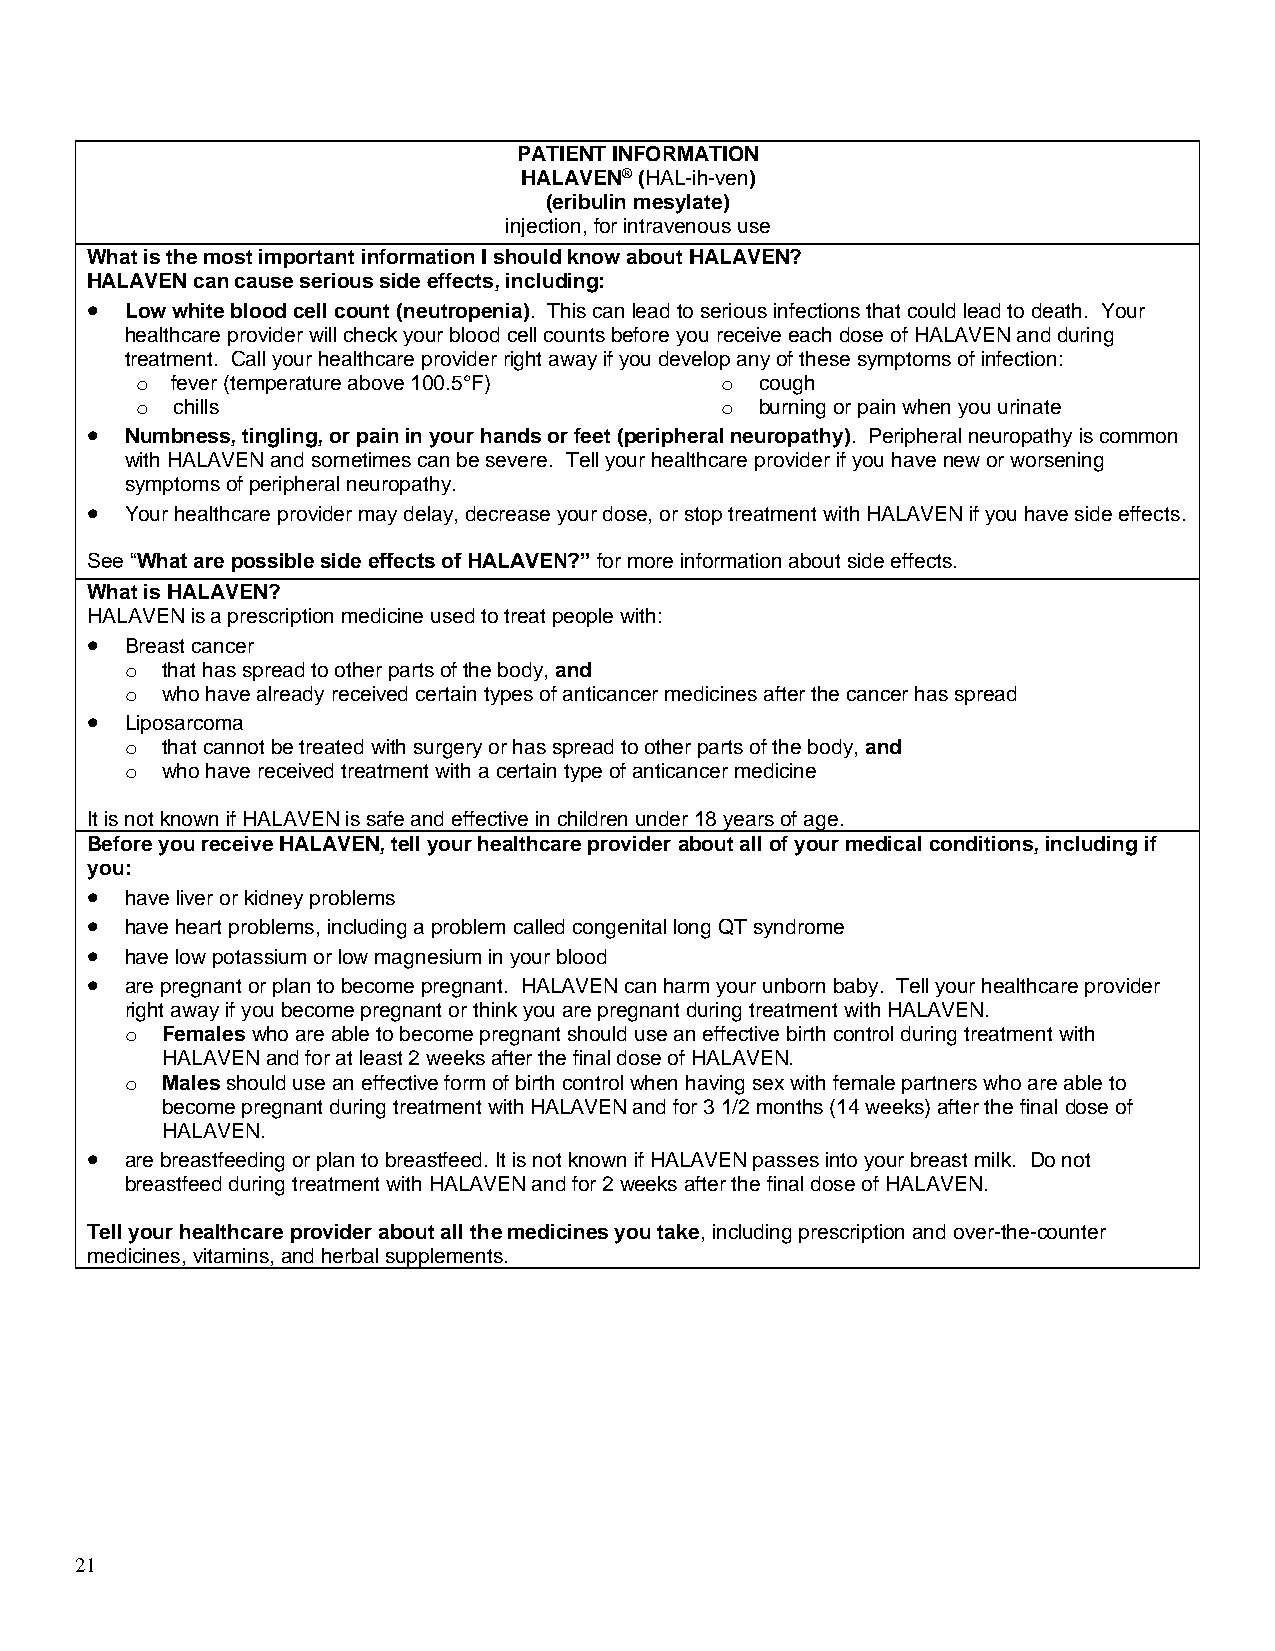
PATIENT INFORMATION
 HALAVEN® (HAL-ih-ven)
 (eribulin mesylate)
 injection, for intravenous use
 What is the most important information I should know about HALAVEN?
 HALAVEN can cause serious side effects, including:
 • Low white blood cell count (neutropenia). This can lead to serious infections that could lead to death. Your
 healthcare provider will check your blood cell counts before you receive each dose of HALAVEN and during
 treatment. Call your healthcare provider right away if you develop any of these symptoms of infection:
 o fever (temperature above 100.5°F)    o cough
 o chills                               o burning or pain when you urinate
 • Numbness, tingling, or pain in your hands or feet (peripheral neuropathy). Peripheral neuropathy is common
 with HALAVEN and sometimes can be severe. Tell your healthcare provider if you have new or worsening
 symptoms of peripheral neuropathy.
 • Your healthcare provider may delay, decrease your dose, or stop treatment with HALAVEN if you have side effects.
 See “What are possible side effects of HALAVEN?” for more information about side effects.
 What is HALAVEN?
 HALAVEN is a prescription medicine used to treat people with:
 • Breast cancer
 o  that has spread to other parts of the body, and
 o  who have already received certain types of anticancer medicines after the cancer has spread
 • Liposarcoma
 o  that cannot be treated with surgery or has spread to other parts of the body, and
 o  who have received treatment with a certain type of anticancer medicine
 It is not known if HALAVEN is safe and effective in children under 18 years of age.
 Before you receive HALAVEN, tell your healthcare provider about all of your medical conditions, including if
 you:
 • have liver or kidney problems
 • have heart problems, including a problem called congenital long QT syndrome
 • have low potassium or low magnesium in your blood
 • are pregnant or plan to become pregnant. HALAVEN can harm your unborn baby. Tell your healthcare provider
 right away if you become pregnant or think you are pregnant during treatment with HALAVEN.
 o  Females who are able to become pregnant should use an effective birth control during treatment with
 HALAVEN and for at least 2 weeks after the final dose of HALAVEN.
 o  Males should use an effective form of birth control when having sex with female partners who are able to
 become pregnant during treatment with HALAVEN and for 3 1/2 months (14 weeks) after the final dose of
 HALAVEN.
 • are breastfeeding or plan to breastfeed. It is not known if HALAVEN passes into your breast milk. Do not
 breastfeed during treatment with HALAVEN and for 2 weeks after the final dose of HALAVEN.
 Tell your healthcare provider about all the medicines you take, including prescription and over-the-counter
 medicines, vitamins, and herbal supplements.
 21